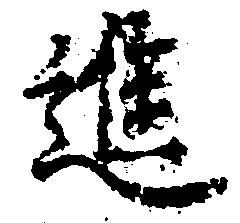
進